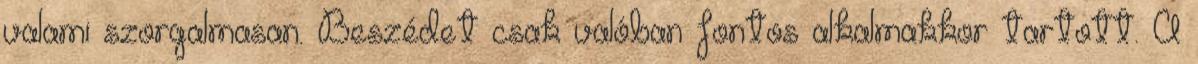
valami szorgalmasan. Beszédet csak valóban fontos alkalmakkor tartott. A